Eesti_Toorahva_Kommuun, lk 28
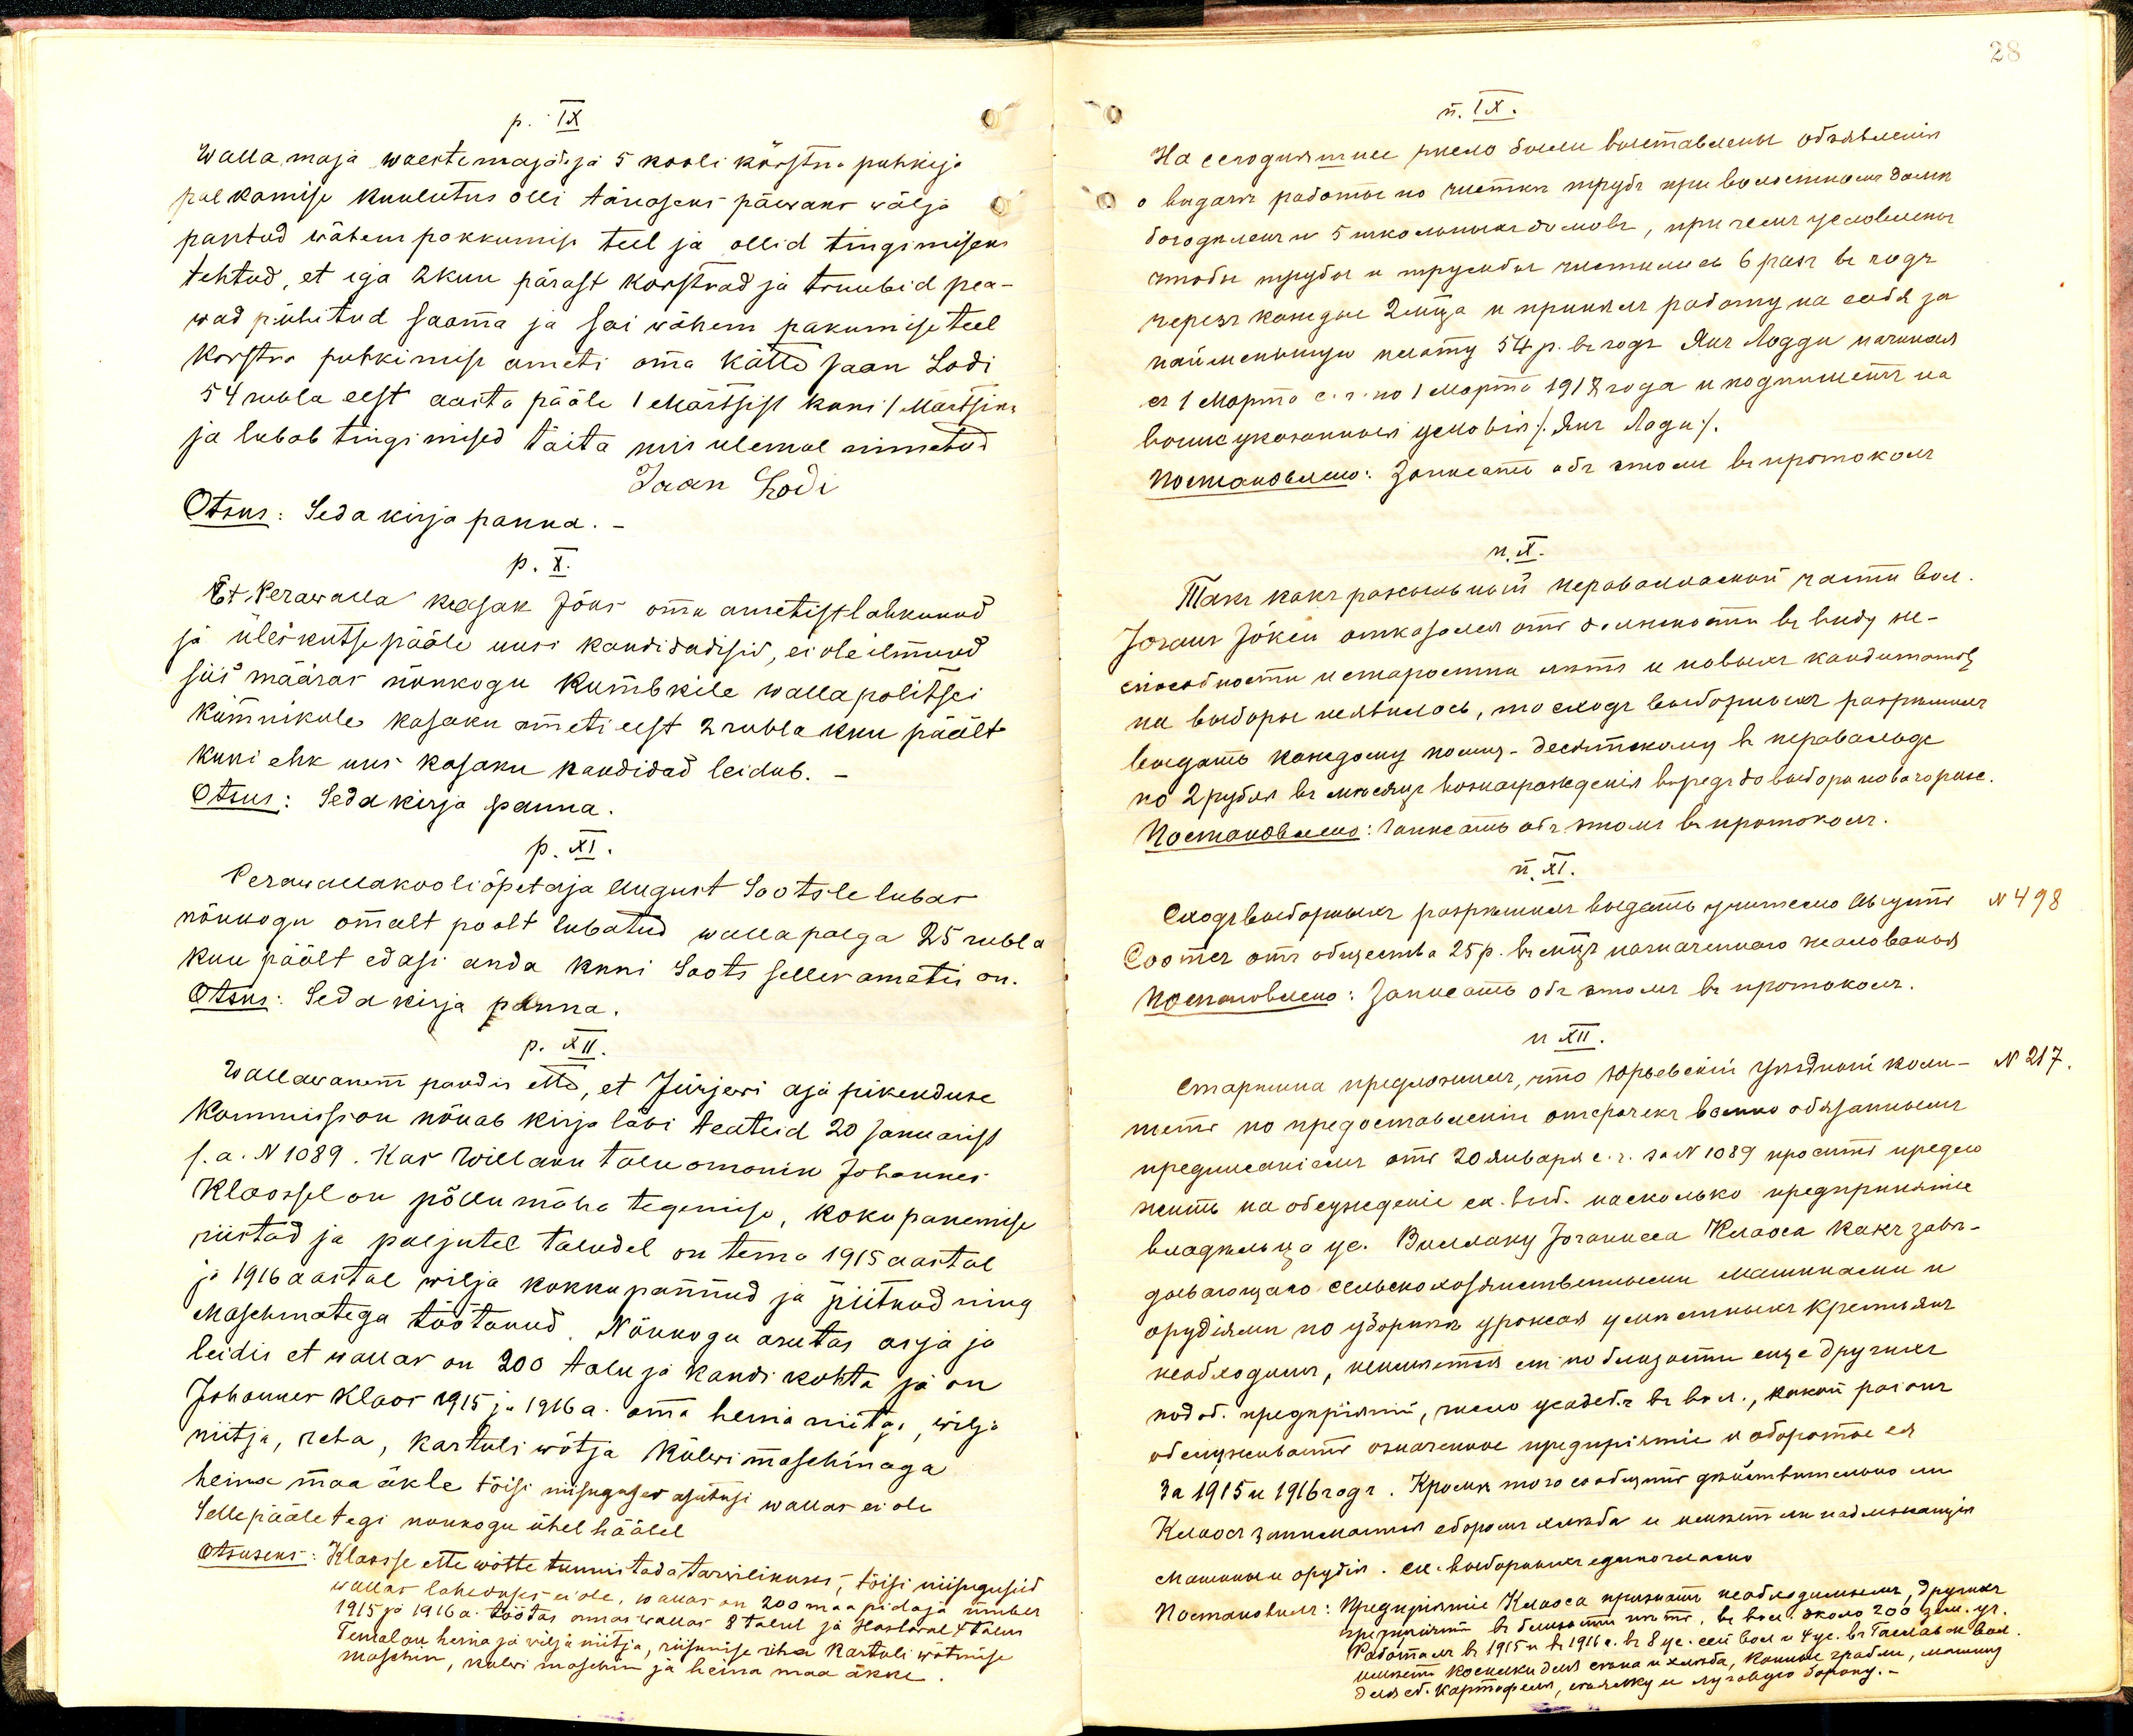
p. IX
Wallamaja, waestemajal ja 5 kooli körstna puhkija
palkamise kuulutus olli tänaseks päewaks wälja
pantud wähem pakkumisi teel ja ollid tingimiseks
tehtud, et iga 2 kuu pärast korstnad ja truubid pea-
wad pühitud saama ja sai wähem pakumise teel
korstna puhkimise ameti oma kätte Jaan Lodi
54 rubla eest aasta pääle 1 Märtsist kuni 1 Märtsini
ja lubab tingimised täita, mis ülemal nimetud
Jaan Lodi
Otsus: Seda kirja panna.
p. X.
Et Perawalla Kasak Jõns oma ametist lahkunud
ja üleskutse pääle uusi kandidadisid, ei ole ilmund
siis määras nõukogu Kumbkile wallapolitsei
kümnikule kasaku ameti eest 2 rubla kuu päält
kuni ehk uus kasaku kandidad leidub.
Otsus: Seda kirja panna.
p. XI.
Perawallakooliõpetaja August Sootsle lubas
nõukogu omalt poolt lubatud walla palga 25 rubla
kuu päält edasi anda kuni Soots selles ametis on.
Otsus: Seda kirja panna
p. XII.
Wallawanem pandis ette, et Jürjewi aja pikenduse
Kommission nõuab kirja läbi teateid 20 Januarist
s. a. N 1089. Kas Wiielaku talu omanik Johannes
Kloossel on põllumõha tegemisse, koku panemise
riistad ja paljutel taludel on tema 1915 aastal
ja 1916 aastal wilja kokkupannud ja piitnud ning
Maschmatega töötanud Nõukogu asutas asja ja
leidis et wallas on 200 talu ja kandi kohta ja on
Johannes Klaar 1915 ja 1916 a. oma heinamitas, wilja
niitja, reha, kartuli wõtja külwi maschinaga
heina maa äkle tõisi niisugusest asutusi wallas ei ole
Sellepääle tegi nõukogu ühel häälel.
Otsuseks: Klasse ette wõtte tunnistada tarwilikuses, tõisi niisuguseid
wallas laheduses ei ole, wallas on 200 maa pidaja ümber
1915 ja 1916 a. töötas omas wallas 8 talul ja Haslawal 7 talus
Temalau heina ja wilja niitja, riisumise raha Kartuli wõtmise
maschin, külwi maschin ja heina maa äkke